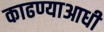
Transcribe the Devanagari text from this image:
काढण्याआधी